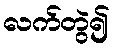
လက်တွဲ၍